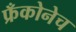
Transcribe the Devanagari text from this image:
फ्रँकोनेच